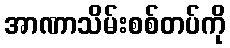
အာဏာသိမ်းစစ်တပ်ကို